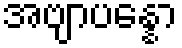
အဗျာပန္နော